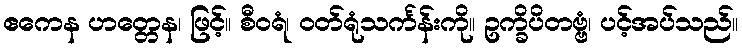
ဧကေန ဟတ္တေန၊ ဖြင့်။ စီဝရံ၊ ဝတ်ရုံသင်္ကန်းကို။ ဥက္ခိပိတဗ္ဗံ၊ ပင့်အပ်သည်။